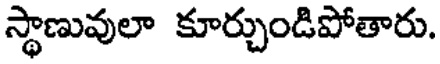
స్థాణువులా కూర్చుండిపోతారు.